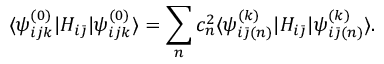
\langle \psi _ { i j k } ^ { ( 0 ) } | H _ { i \bar { \jmath } } | \psi _ { i j k } ^ { ( 0 ) } \rangle = \sum _ { n } c _ { n } ^ { 2 } \langle \psi _ { i \bar { \jmath } ( n ) } ^ { ( k ) } | H _ { i \bar { \jmath } } | \psi _ { i \bar { \jmath } ( n ) } ^ { ( k ) } \rangle .